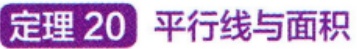
定理 20 平行线与面积